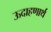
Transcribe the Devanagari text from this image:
ऊदाहणार्थ